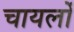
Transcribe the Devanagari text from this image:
चायलों